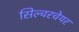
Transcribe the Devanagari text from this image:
सिल्वरचेयर